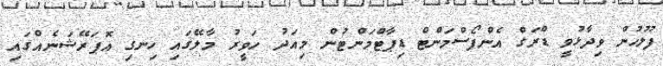
ފުލުހުން ވިދާޅުވީ ޑްރަގް އެންފޯސްމަންޓް ޑިޕާޓްމަންޓުން މިއަދު ހަވީރު މާލޭގައި ހިނގި އޮޕަރޭޝަނެއްގައި